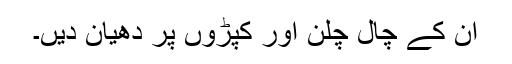
ان کے چال چلن اور کپڑوں پر دھیان دیں۔